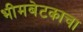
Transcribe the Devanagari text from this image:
भीमबेटकाचा